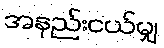
အနည်းငယ်မျှ